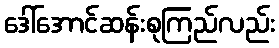
ဒေါ်အောင်ဆန်းစုကြည်လည်း